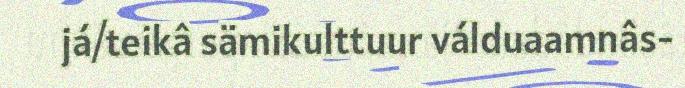
já/teikâ sämikulttuur válduaamnâs-